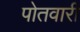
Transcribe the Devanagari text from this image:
पोतवारी